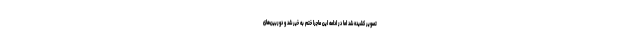
تصویر کشیده شد اما در ادامه این ماجرا ختم به خیر شد و دوربین‌های